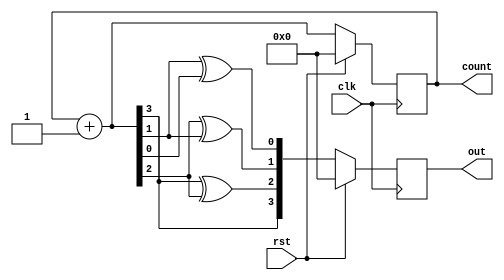
module gray_counter (out,count,clk,rst);
  input clk, rst; 
  output reg [3:0] out;
  output reg [3:0] count;
  always @(posedge clk) 
  begin
  if (rst) 
  begin
    count = 0; 
	 out = 0;
	end
  else  
  begin
	count = count + 1; 
   out = {count[3], (count[3] ^ count[2]), (count[2] ^ count[1]),(count[1] ^ count[0])};
   end
  end
endmodule